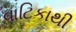
વાટિકાથી